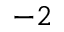
^ { - 2 }